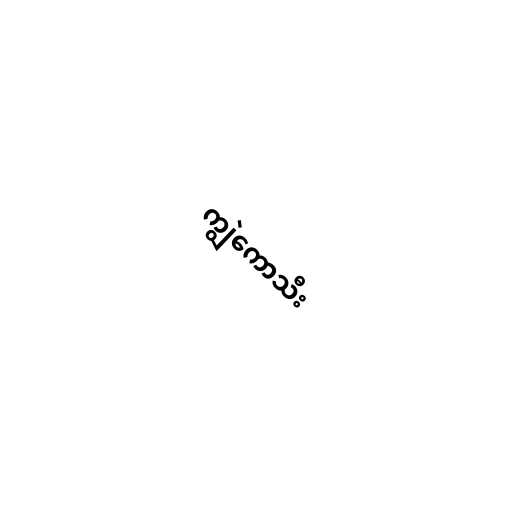
ကျွဲကောသီး